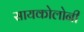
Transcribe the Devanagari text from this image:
सायकोलोनी